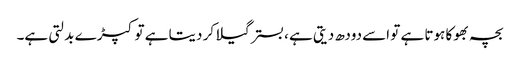
بچہ بھوکا ہوتا ہے تو اسے دودھ دیتی ہے ، بستر گیلا کر دیتا ہے تو کپڑ ے بدلتی ہے۔